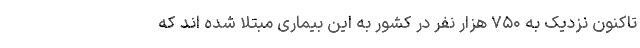
تاکنون نزدیک به ۷۵۰ هزار نفر در کشور به این بیماری مبتلا شده اند که